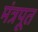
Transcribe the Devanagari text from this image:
मंत्रपूत